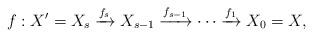
LaTeX: \begin{align*}f: X^{\prime}=X_{s}\xrightarrow{f_{s}} X_{s-1}\xrightarrow{f_{s-1}} \cdots \xrightarrow{f_{1}} X_{0}=X, \end{align*}